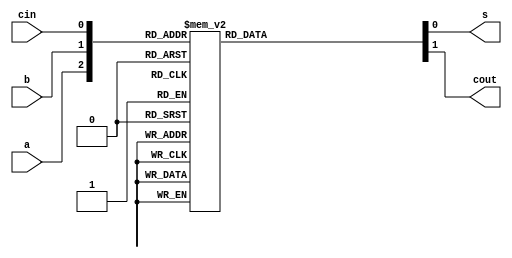
`timescale 1ns / 1ps
//////////////////////////////////////////////////////////////////////////////////
// Company: 
// Engineer: 
// 
// Design Name: 
// Module Name: full_adder_behavioural_design
// Project Name: 
// Target Devices: 
// Tool Versions: 
// Description: 
// 
// Dependencies: 
// 
// Revision:
// Revision 0.01 - File Created
// Additional Comments:
// 
//////////////////////////////////////////////////////////////////////////////////


module full_adder_behavioural_design (input wire a, b, cin,
output reg s,
output reg cout);

always @(a or b or cin)
    begin
    
    case ({a,b,cin})
        3'b000: begin s=0; cout=0; end
        3'b001: begin s=1; cout=0; end
        3'b010: begin s=1; cout=0; end
        3'b011: begin s=0; cout=1; end
        3'b100: begin s=1; cout=0; end
        3'b101: begin s=0; cout=1; end
        3'b110: begin s=0; cout=1; end
        3'b111: begin s=1; cout=1; end
    endcase
    
    end
        
endmodule